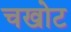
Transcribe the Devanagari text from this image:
चखोट